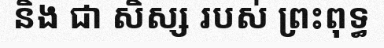
និង ជា សិស្ស របស់ ព្រះពុទ្ធ